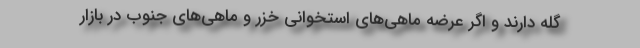
گله دارند و اگر عرضه ماهی‌های استخوانی خزر و ماهی‌های جنوب در بازار